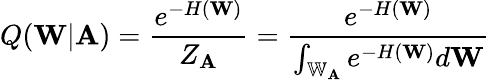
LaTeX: Q(\mathbf{W}|\mathbf{A})=\frac{e^{-H(\mathbf{W})}}{Z_{\mathbf{A}}}=\frac{e^{-H(\mathbf{W})}}{\int_{\mathbb{W}_{\mathbf{A}}}e^{-H(\mathbf{W})}d\mathbf{W}}